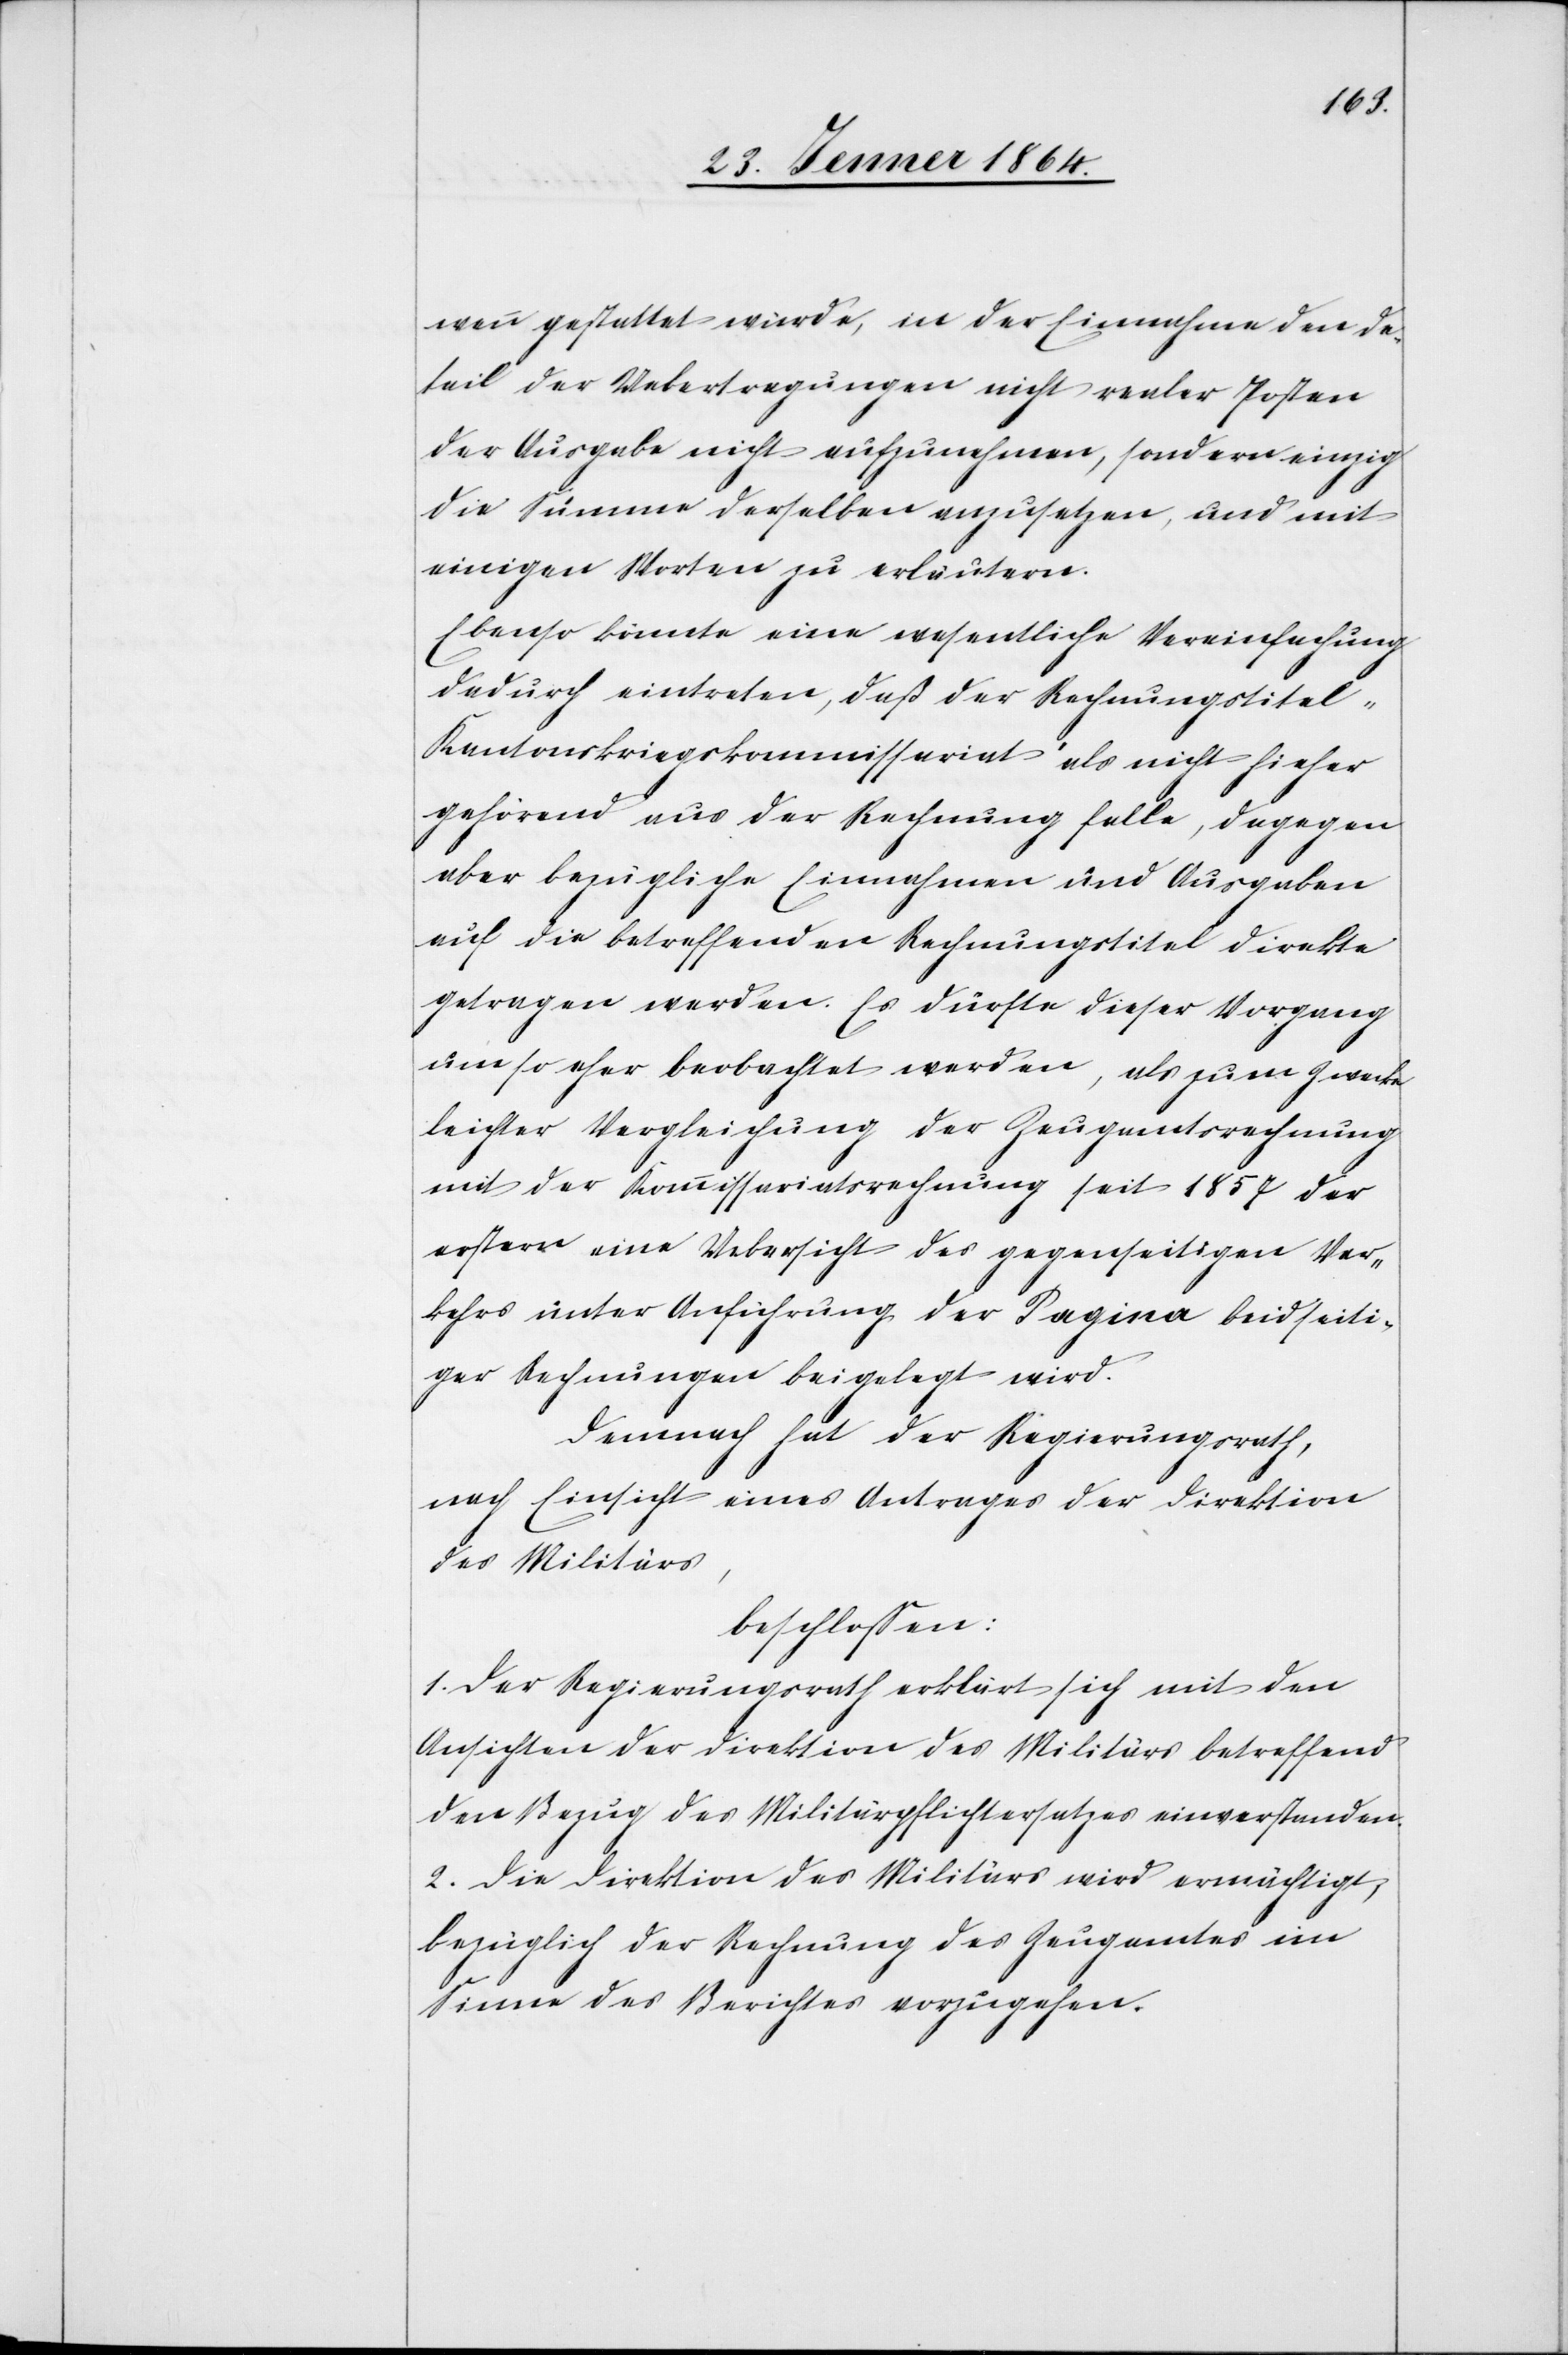
wenn gestattet würde, in der Einnahme den De¬
tail der Uebertragungen nicht realer Posten
der Ausgabe nicht aufzunehmen, sondern einzig
die Summe derselben anzusetzen, und mit
einigen Worten zu erläutern.
Ebenso könnte eine wesentliche Vereinfachung
dadurch eintreten, daß der Rechnungstitel
„Kantonskriegskommissariat“ als nicht hieher
gehörend aus der Rechnung falle, dagegen
aber bezügliche Einnahmen und Ausgaben
auf die betreffenden Rechnungstitel direkte
getragen werden. Es dürfte dieser Vorgang
um so eher beobachtet werden, als zum Zwecke
leichter Vergleichung der Zeugamtsrechnung
mit der Kommissariatsrechnung seit 1854 der
erstern eine Uebersicht des gegenseitigen Ver¬
kehrs unter Anführung der Pagina beidseiti¬
ger Rechnungen beigelegt wird.
Dennoch hat der Regierungsrath,
nach Einsicht eines Antrages der Direktion
des Militärs,
beschlossen:
1. Der Regierungsrath erklärt sich mit den
Ansichten der Direktion des Militärs betreffend
den Bezug des Militärpflichtersatzes einverstanden.
2. Die Direktion des Militärs wird ermächtigt,
bezüglich der Rechnung des Zeugamtes im
Sinne des Berichtes vorzugehen.